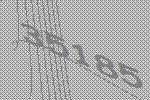
35185